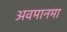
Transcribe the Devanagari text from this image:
अवमानमा